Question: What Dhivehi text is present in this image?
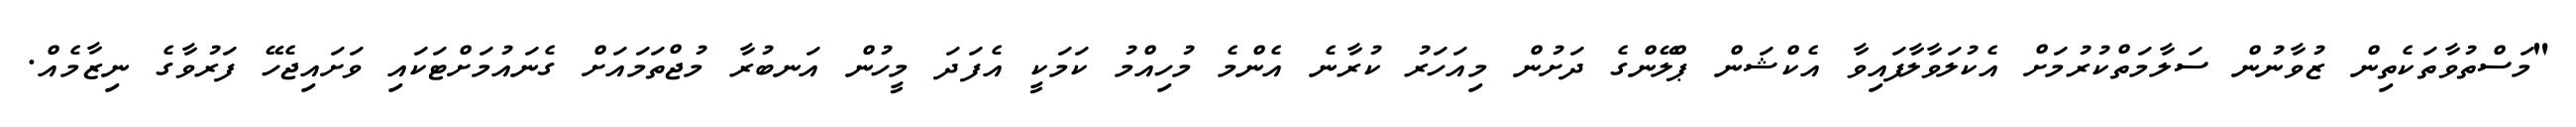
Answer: "މަސްތުވާތަކެތިން ޒުވާނުން ސަލާމަތްކުރުމަށް އެކުލަވާލާފައިވާ އެކްޝަން ޕްލޭންގެ ދަށުން މިއަހަރު ކުރާނެ އެންމެ މުހިއްމު ކަމަކީ އެފަދަ މީހުން އަނބުރާ މުޖްތަމައަށް ގެނައުމަށްޓަކައި ވަށައިޖެހޭ ފަރުވާގެ ނިޒާމެއް.